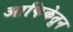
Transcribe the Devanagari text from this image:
आफिकेतून